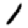
Digit: 1